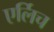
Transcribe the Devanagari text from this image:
एर्लिच